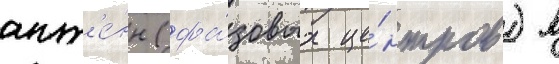
ант'е́нн (фа́зовых це́нтров) в